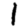
Digit: 1